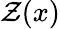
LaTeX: \mathcal{Z}(x)